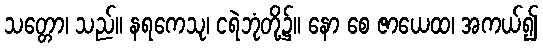
သတ္တော၊ သည်။ နရကေသု၊ ငရဲဘုံတို့၌။ နော စေ ဇာယေထ၊ အကယ်၍